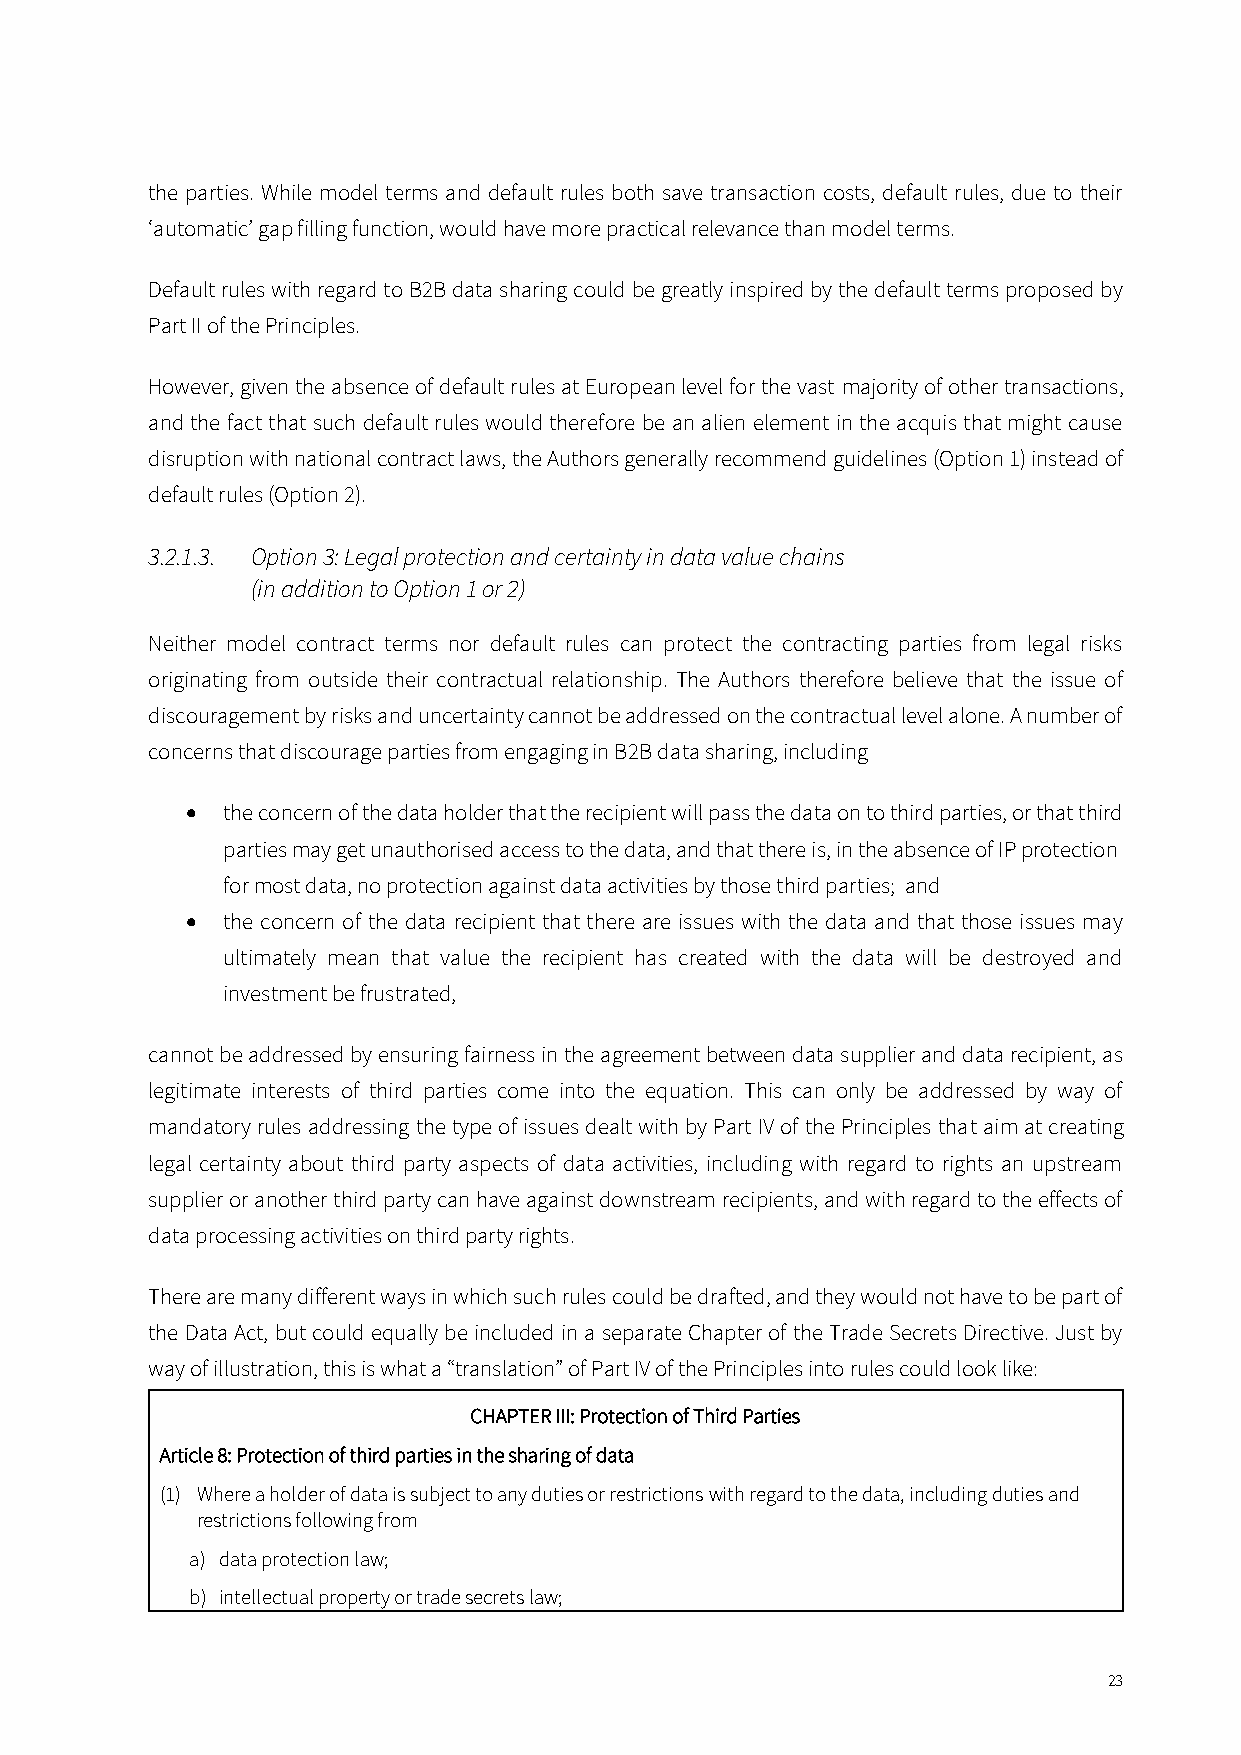
the parties. While model terms and default rules both save transaction costs, default rules, due to their
 ‘automatic’ gap filling function, would have more practical relevance than model terms.
 Default rules with regard to B2B data sharing could be greatly inspired by the default terms proposed by
 Part II of the Principles.
 However, given the absence of default rules at European level for the vast majority of other transactions,
 and the fact that such default rules would therefore be an alien element in the acquis that might cause
 disruption with national contract laws, the Authors generally recommend guidelines (Option 1) instead of
 default rules (Option 2).
 3.2.1.3. Option 3: Legal protection and certainty in data value chains
 (in addition to Option 1 or 2)
 Neither model contract terms nor default rules can protect the contracting parties from legal risks
 originating from outside their contractual relationship. The Authors therefore believe that the issue of
 discouragement by risks and uncertainty cannot be addressed on the contractual level alone. A number of
 concerns that discourage parties from engaging in B2B data sharing, including
 •  the concern of the data holder that the recipient will pass the data on to third parties, or that third
 parties may get unauthorised access to the data, and that there is, in the absence of IP protection
 for most data, no protection against data activities by those third parties; and
 •  the concern of the data recipient that there are issues with the data and that those issues may
 ultimately mean that value the recipient has created with the data will be destroyed and
 investment be frustrated,
 cannot be addressed by ensuring fairness in the agreement between data supplier and data recipient, as
 legitimate interests of third parties come into the equation. This can only be addressed by way of
 mandatory rules addressing the type of issues dealt with by Part IV of the Principles that aim at creating
 legal certainty about third party aspects of data activities, including with regard to rights an upstream
 supplier or another third party can have against downstream recipients, and with regard to the effects of
 data processing activities on third party rights.
 There are many different ways in which such rules could be drafted, and they would not have to be part of
 the Data Act, but could equally be included in a separate Chapter of the Trade Secrets Directive. Just by
 way of illustration, this is what a “translation” of Part IV of the Principles into rules could look like:
 CHAPTER III: Protection of Third Parties
 Article 8: Protection of third parties in the sharing of data
 (1) Where a holder of data is subject to any duties or restrictions with regard to the data, including duties and
 restrictions following from
 a) data protection law;
 b) intellectual property or trade secrets law;
 23